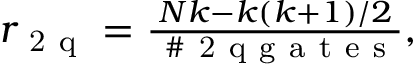
\begin{array} { r } { r _ { \mathrm { ~ 2 ~ q ~ } } = \frac { N k - k ( k + 1 ) / 2 } { \mathrm { ~ \# ~ 2 ~ q ~ g ~ a ~ t ~ e ~ s ~ } } , } \end{array}